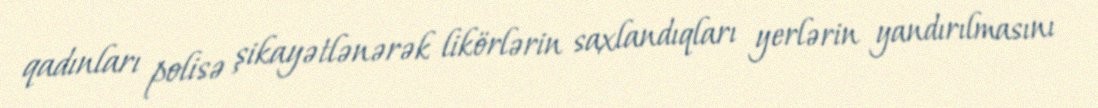
qadınları polisə şikayətlənərək likörlərin saxlandıqları yerlərin yandırılmasını